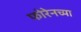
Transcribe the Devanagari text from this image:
फोरेनच्या